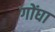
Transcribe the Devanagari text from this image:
गोंघा